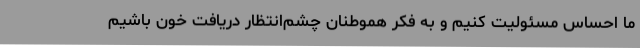
ما احساس مسئولیت کنیم و به فکر هموطنان چشم‌انتظار دریافت خون باشیم